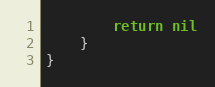
Language: Go
		return nil
	}
}